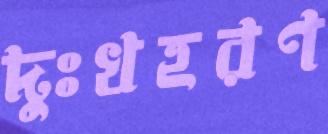
দুঃখহরণ